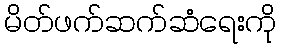
မိတ်ဖက်ဆက်ဆံရေးကို